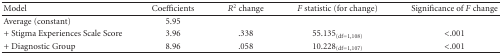
<table><thead><tr><td><b>Model</b></td><td><b>Coefficients</b></td><td><b><i>R </i><sup>2</sup> change</b></td><td><b><i>F</i> statistic (for change)</b></td><td><b>Significance of <i>F</i> change</b></td></tr></thead><tbody><tr><td>Average (constant)</td><td>5.95</td><td></td><td></td><td></td></tr><tr><td>+ Stigma Experiences Scale Score</td><td>3.96</td><td>.338</td><td>55.135<sub>(df = 1,108)</sub></td><td>&lt;.001</td></tr><tr><td>+ Diagnostic Group</td><td>8.96</td><td>.058</td><td>10.228<sub>(df = 1,107)</sub></td><td>&lt;.001</td></tr></tbody></table>